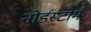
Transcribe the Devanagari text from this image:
नोर्डस्टोर्म